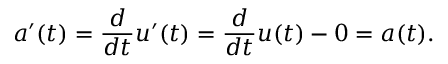
a ^ { \prime } ( t ) = { \frac { d } { d t } } u ^ { \prime } ( t ) = { \frac { d } { d t } } u ( t ) - 0 = a ( t ) .